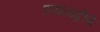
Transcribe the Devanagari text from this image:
प्रवाळद्वीपे